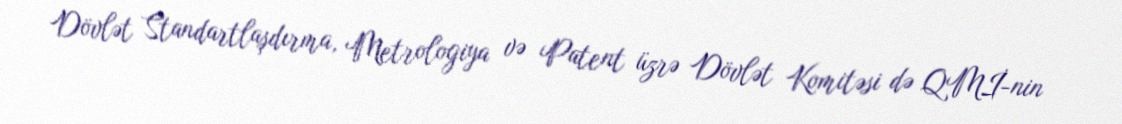
Dövlət Standartlaşdırma, Metrologiya və Patent üzrə Dövlət Komitəsi də QMİ-nin